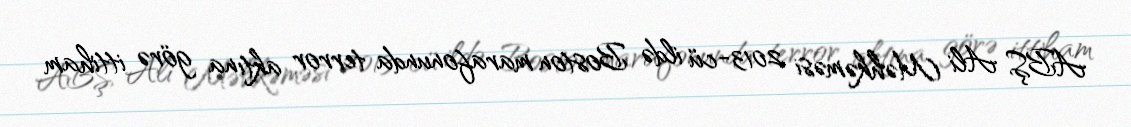
ABŞ Ali Məhkəməsi 2013-cü ildə Boston marafonunda terror aktına görə ittiham